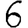
Digit: 6